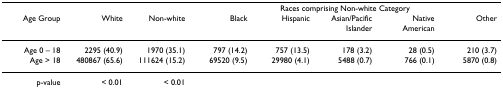
|  |  |  |  | <COLSPAN=3> Races comprising Non-white Category |  |
 | Age Group | White | Non-white | Black | Hispanic | Asian/Pacific Islander | Native American | Other |
 | --- | --- | --- | --- | --- | --- | --- | --- |
 | Age 0 – 18 | 2295 (40.9) | 1970 (35.1) | 797 (14.2) | 757 (13.5) | 178 (3.2) | 28 (0.5) | 210 (3.7) |
 | Age > 18 | 480867 (65.6) | 111624 (15.2) | 69520 (9.5) | 29980 (4.1) | 5488 (0.7) | 766 (0.1) | 5870 (0.8) |
 | p-value | < 0.01 | < 0.01 |  |  |  |  |  |